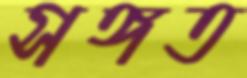
সঙ্গত